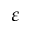
\varepsilon